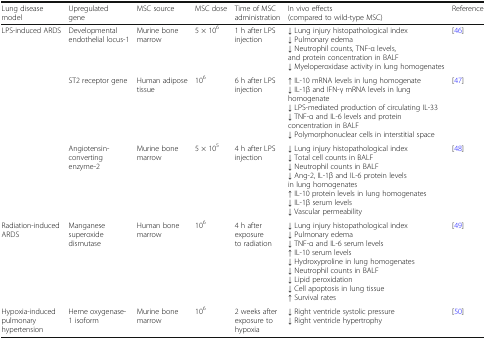
| Lung disease model | Upregulated gene | MSC source | MSC dose | Time of MSC administration | In vivo effects(compared to wild-type MSC) | Reference |
 | --- | --- | --- | --- | --- | --- | --- |
 | <ROWSPAN=3> LPS-induced ARDS | Developmental endothelial locus-1 | Murine bone marrow | 5 × 106 | 1 h after LPS injection | ↓ Lung injury histopathological index↓ Pulmonary edema↓ Neutrophil counts, TNF-α levels, and protein concentration in BALF↓ Myeloperoxidase activity in lung homogenates | [46] |
 | ST2 receptor gene | Human adipose tissue | 106 | 6 h after LPS injection | ↑ IL-10 mRNA levels in lung homogenate↓ IL-1β and IFN-γ mRNA levels in lung homogenate↓ LPS-mediated production of circulating IL-33↓ TNF-α and IL-6 levels and protein concentration in BALF↓ Polymorphonuclear cells in interstitial space | [47] |
 | Angiotensin-converting enzyme-2 | Murine bone marrow | 5 × 105 | 4 h after LPS injection | ↓ Lung injury histopathological index↓ Total cell counts in BALF↓ Neutrophil counts in BALF↓ Ang-2, IL-1β and IL-6 protein levels in lung homogenates↑ IL-10 protein levels in lung homogenates↓ IL-1β serum levels↓ Vascular permeability | [48] |
 | Radiation-induced ARDS | Manganese superoxide dismutase | Human bone marrow | 106 | 4 h after exposure to radiation | ↓ Lung injury histopathological index↓ Pulmonary edema↓ TNF-α and IL-6 serum levels↑ IL-10 serum levels↓ Hydroxyproline in lung homogenates↓ Neutrophil counts in BALF↓ Lipid peroxidation↓ Cell apoptosis in lung tissue↑ Survival rates | [49] |
 | Hypoxia-induced pulmonary hypertension | Heme oxygenase-1 isoform | Murine bone marrow | 106 | 2 weeks after exposure to hypoxia | ↓ Right ventricle systolic pressure↓ Right ventricle hypertrophy | [50] |